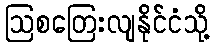
ဩစတြေးလျနိုင်ငံသို့